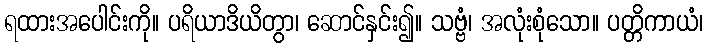
ရထားအပေါင်းကို။ ပရိယာဒိယိတွာ၊ ဆောင်နှင်း၍။ သဗ္ဗံ၊ အလုံးစုံသော။ ပတ္တိကာယံ၊